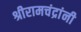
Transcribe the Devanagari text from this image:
श्रीरामचंद्रांनी